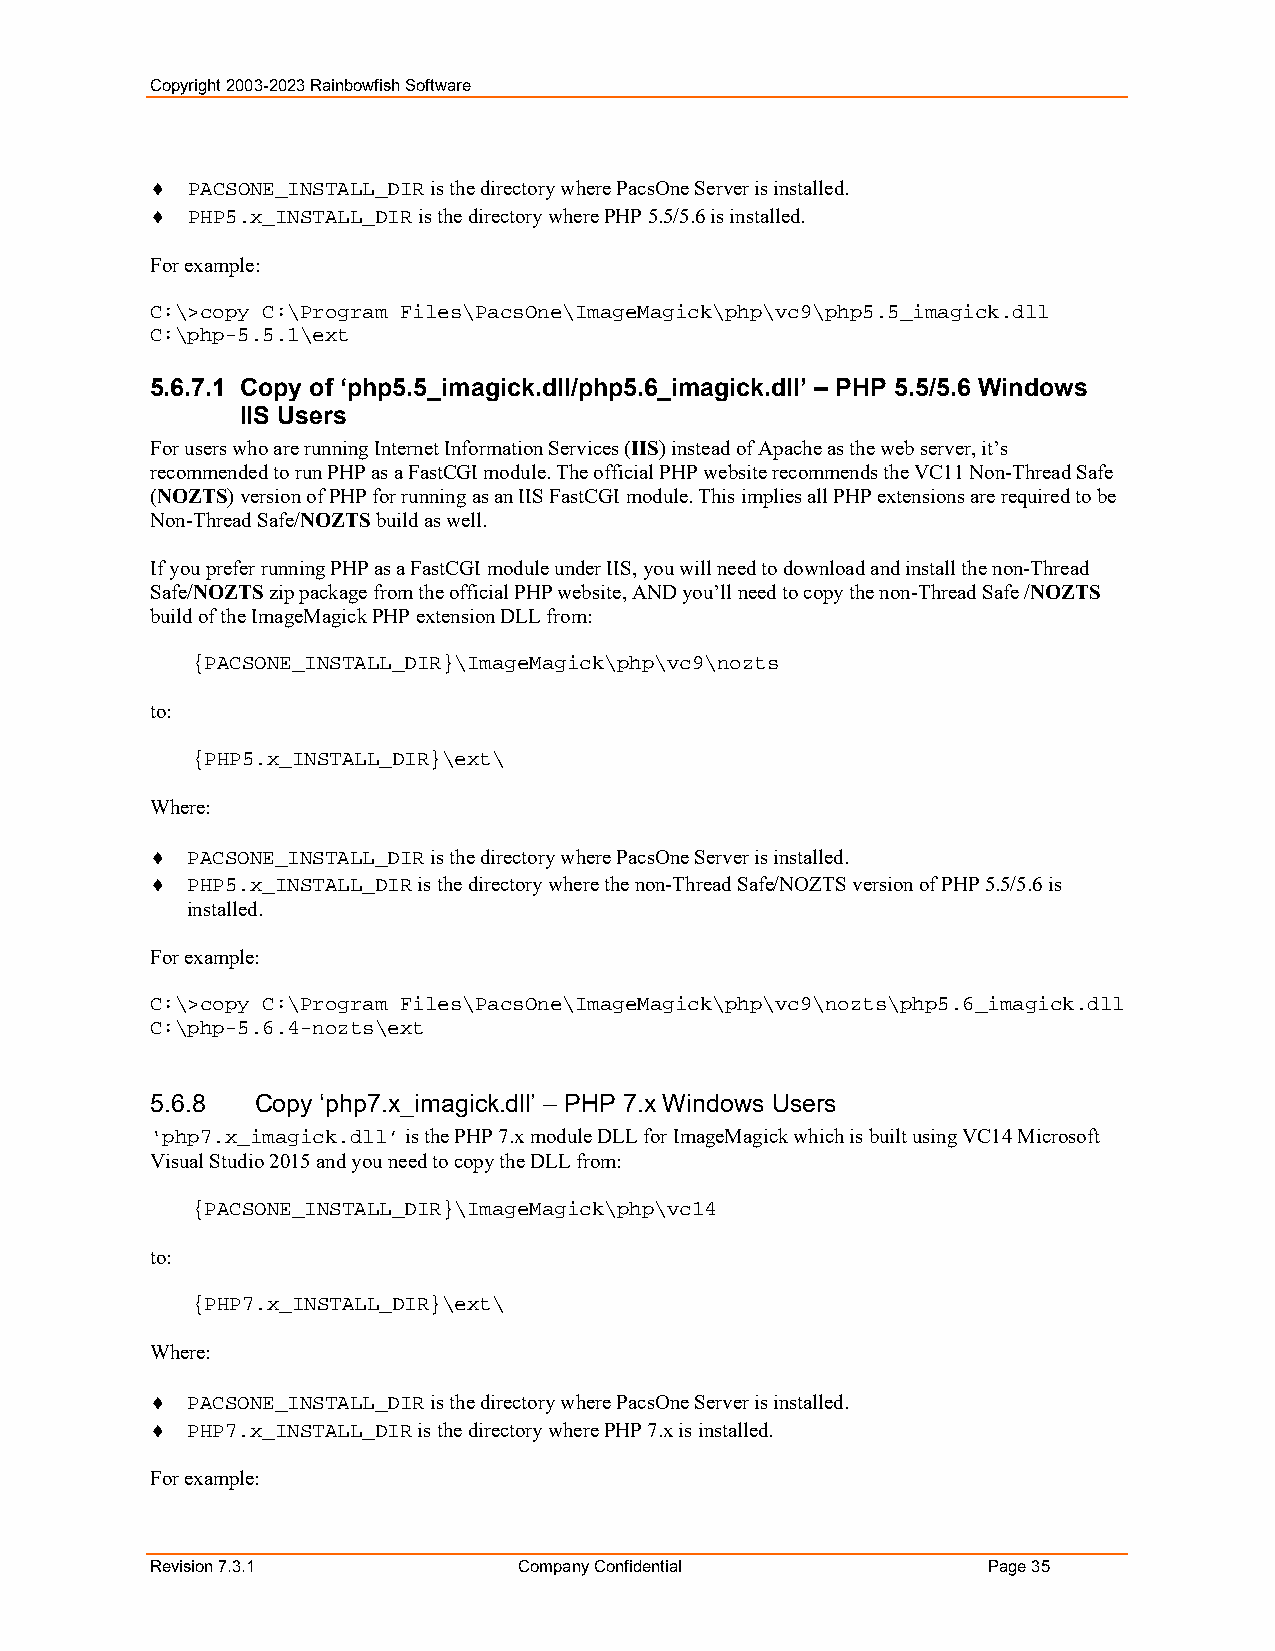
Copyright 2003-2023 Rainbowfish Software
  PACSONE_INSTALL_DIR is the directory where PacsOne Server is installed.
  PHP5.x_INSTALL_DIR is the directory where PHP 5.5/5.6 is installed.
 For example:
 C:\>copy C:\Program Files\PacsOne\ImageMagick\php\vc9\php5.5_imagick.dll
 C:\php-5.5.1\ext
 5.6.7.1 Copy of ‘php5.5_imagick.dll/php5.6_imagick.dll’ – PHP 5.5/5.6 Windows
 IIS Users
 For users who are running Internet Information Services (IIS) instead of Apache as the web server, it’s
 recommended to run PHP as a FastCGI module. The official PHP website recommends the VC11 Non-Thread Safe
 (NOZTS) version of PHP for running as an IIS FastCGI module. This implies all PHP extensions are required to be
 Non-Thread Safe/NOZTS build as well.
 If you prefer running PHP as a FastCGI module under IIS, you will need to download and install the non-Thread
 Safe/NOZTS zip package from the official PHP website, AND you’ll need to copy the non-Thread Safe /NOZTS
 build of the ImageMagick PHP extension DLL from:
 {PACSONE_INSTALL_DIR}\ImageMagick\php\vc9\nozts
 to:
 {PHP5.x_INSTALL_DIR}\ext\
 Where:
  PACSONE_INSTALL_DIR is the directory where PacsOne Server is installed.
  PHP5.x_INSTALL_DIR is the directory where the non-Thread Safe/NOZTS version of PHP 5.5/5.6 is
 installed.
 For example:
 C:\>copy C:\Program Files\PacsOne\ImageMagick\php\vc9\nozts\php5.6_imagick.dll
 C:\php-5.6.4-nozts\ext
 5.6.8  Copy ‘php7.x_imagick.dll’ – PHP 7.x Windows Users
 ‘php7.x_imagick.dll’ is the PHP 7.x module DLL for ImageMagick which is built using VC14 Microsoft
 Visual Studio 2015 and you need to copy the DLL from:
 {PACSONE_INSTALL_DIR}\ImageMagick\php\vc14
 to:
 {PHP7.x_INSTALL_DIR}\ext\
 Where:
  PACSONE_INSTALL_DIR is the directory where PacsOne Server is installed.
  PHP7.x_INSTALL_DIR is the directory where PHP 7.x is installed.
 For example:
 Revision 7.3.1          Company Confidential           Page 35